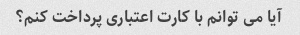
آیا می توانم با کارت اعتباری پرداخت کنم؟